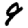
Digit: 9